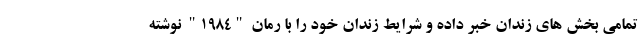
تمامی بخش های زندان خبر داده و شرایط زندان خود را با رمان "1984" نوشته